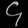
Digit: ၄